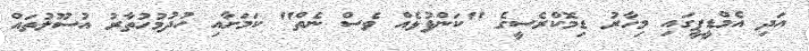
އަދި އެމްޑީޕީގައި މިހާރު ޑިމޮކްރެސީގެ "ކަންފުޅެއް ވެސް ނެތް" ކަމަށާއި ހުދުމުހުތާރު އުސޫލުތައް